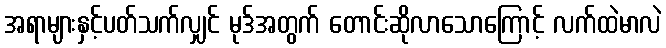
အရာများနှင့်ပတ်သက်လျှင် မုဒ်အတွက် တောင်းဆိုလာသောကြောင့် လက်ထဲမာလဲ